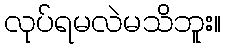
လုပ်ရမလဲမသိဘူး။